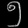
Digit: ၅